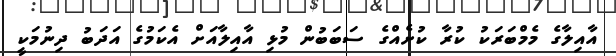
އާއިލާގެ މެމްބަރަކު ކުރާ ކުށެއްގެ ސަބަބުން މުޅި އާއިލާއަށް އެކަމުގެ އަދަބު ދިނުމަކީ